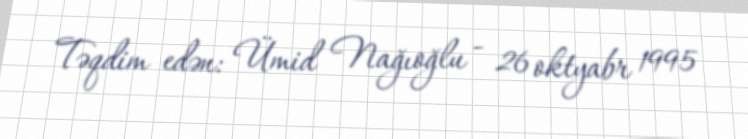
Təqdim edən: Ümid Nağıoğlu - 26 oktyabr 1995